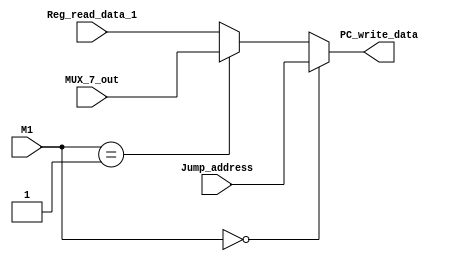
`timescale 1ns / 1ps
module MUX_1(
    M1,
    Jump_address,
    MUX_7_out,
    Reg_read_data_1,
    PC_write_data
    );
    
 parameter N=16;
 
 input [N-1:0] Jump_address;
 input [N-1:0] MUX_7_out;
 input [N-1:0] Reg_read_data_1;
 input [1:0] M1;
 output reg [N-1:0] PC_write_data;
 
 always @ (*)
 
 begin
     if (M1==2'b00)
     begin
        PC_write_data = Jump_address;
     end
     
     else if (M1==2'b01)
     begin
        PC_write_data = MUX_7_out;
     end
     
     else
     begin
        PC_write_data = Reg_read_data_1;
     end
 end
 
endmodule